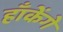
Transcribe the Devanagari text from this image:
हाँकेंगे